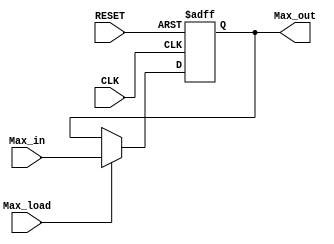
`timescale 1ns / 1ps
//////////////////////////////////////////////////////////////////////////////////
// Company: 
// Engineer: 
// 
// Design Name: 
// Module Name:    MaxRegister 
// Project Name: 
// Target Devices: 
// Tool versions: 
// Description: 
//
// Dependencies: 
//
// Revision: 
// Revision 0.01 - File Created
// Additional Comments: 
//
//////////////////////////////////////////////////////////////////////////////////
module MaxRegister(
	input [7:0] Max_in,
   input CLK,
   input RESET,
   input Max_load,
   output reg [7:0] Max_out
    );
	always @(posedge CLK or negedge RESET) begin
		if(RESET == 0)
			Max_out = 0;
		else if(Max_load == 1)
			Max_out = Max_in;
	 end

endmodule